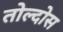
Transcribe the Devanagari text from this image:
तोल्दोस